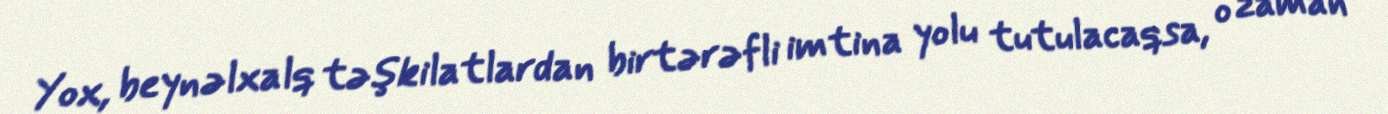
Yox, beynəlxalq təşkilatlardan birtərəfli imtina yolu tutulacaqsa, o zaman